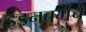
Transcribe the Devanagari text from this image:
इडनबर्गचे